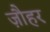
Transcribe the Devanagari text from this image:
ज़ौहर